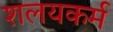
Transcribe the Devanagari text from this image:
शलयकर्म